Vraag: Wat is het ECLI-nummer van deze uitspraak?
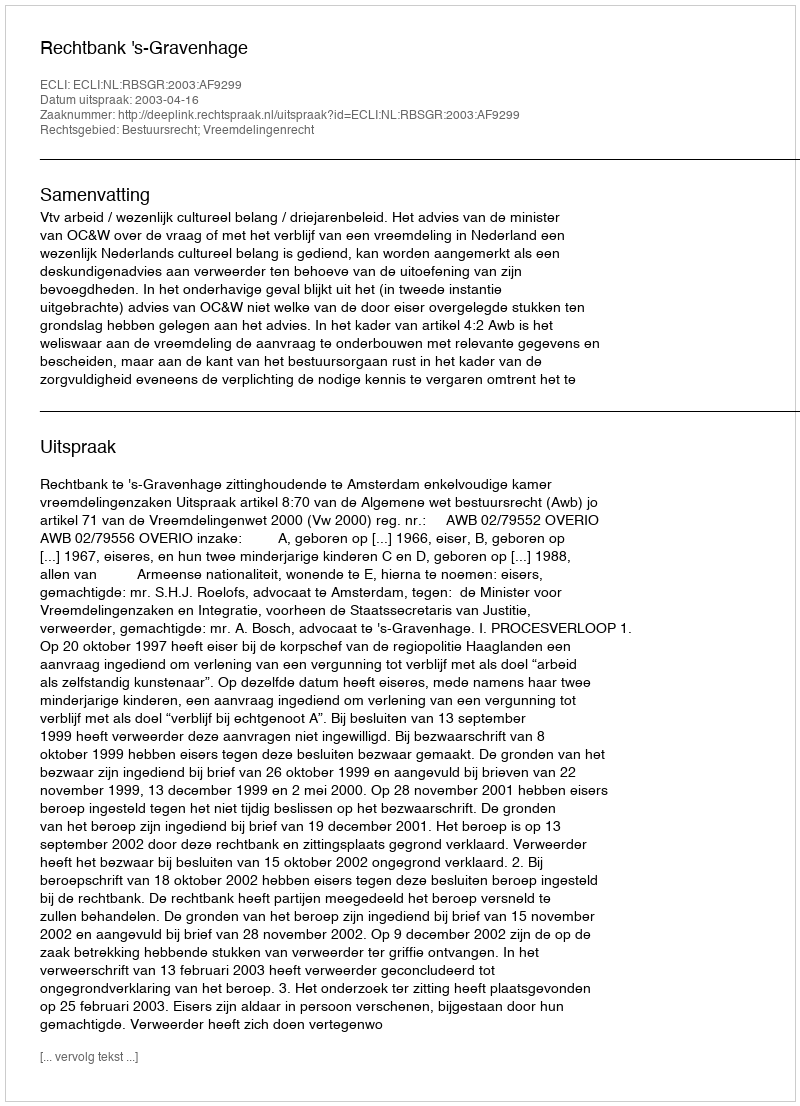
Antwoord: ECLI:NL:RBSGR:2003:AF9299